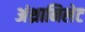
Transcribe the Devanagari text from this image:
अंथ्रानिलेट